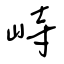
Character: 峙